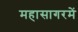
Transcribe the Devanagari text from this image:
महासागरमें